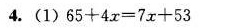
4.(1)65+4x=7x+53